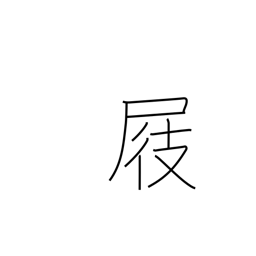
Meaning: clog